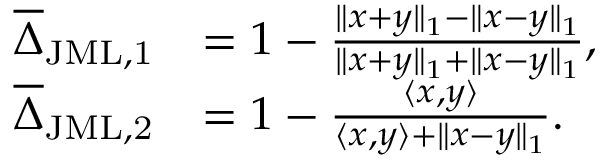
\begin{array} { r l } { \overline { { \Delta } } _ { \mathrm { J M L , 1 } } } & { = 1 - \frac { \| x + y \| _ { 1 } - \| x - y \| _ { 1 } } { \| x + y \| _ { 1 } + \| x - y \| _ { 1 } } , } \\ { \overline { { \Delta } } _ { \mathrm { J M L , 2 } } } & { = 1 - \frac { \langle x , y \rangle } { \langle x , y \rangle + \| x - y \| _ { 1 } } . } \end{array}